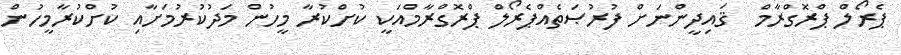
ޕެރޯލް ޕްރޮގްރާމް  ޤައިދީންނަށް ފުރުޞަތެއްޕެރޯލް ޕްރޮގްރާމްއަކީ ކުށްކުރާ މީހުން މަދުކުރުމަށާއި ކުށްކުރާމީހުން